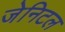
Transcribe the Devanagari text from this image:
जेनिटल